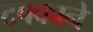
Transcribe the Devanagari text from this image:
टपकाने